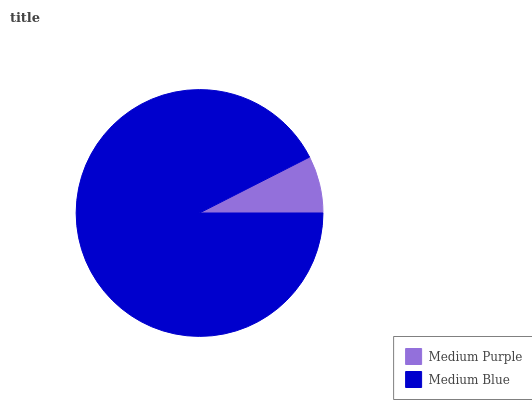
| Medium Purple | Medium Blue |
 | --- | --- |
 | 7.48% | 92.5% |